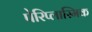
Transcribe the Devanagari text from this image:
पेरिप्लास्मिक